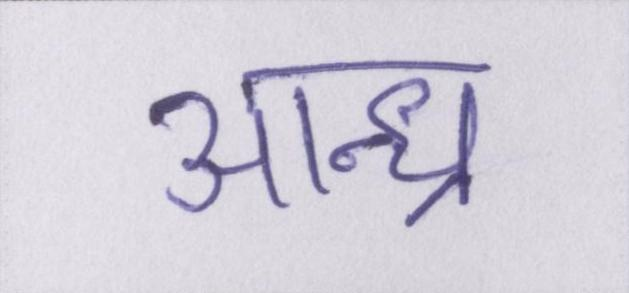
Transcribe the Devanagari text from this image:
आन्ध्र